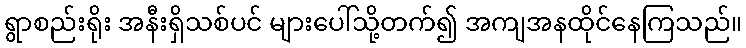
ရွာစည်းရိုး အနီးရှိသစ်ပင် များပေါ်သို့တက်၍ အကျအနထိုင်နေကြသည်။